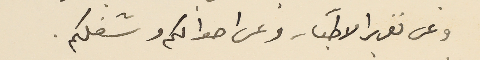
وعن تقرير الاطباء وعن احوالكم وشغلكم.